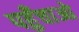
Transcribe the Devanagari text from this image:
पहुँचाओ